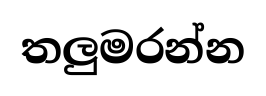
තලුමරන්න